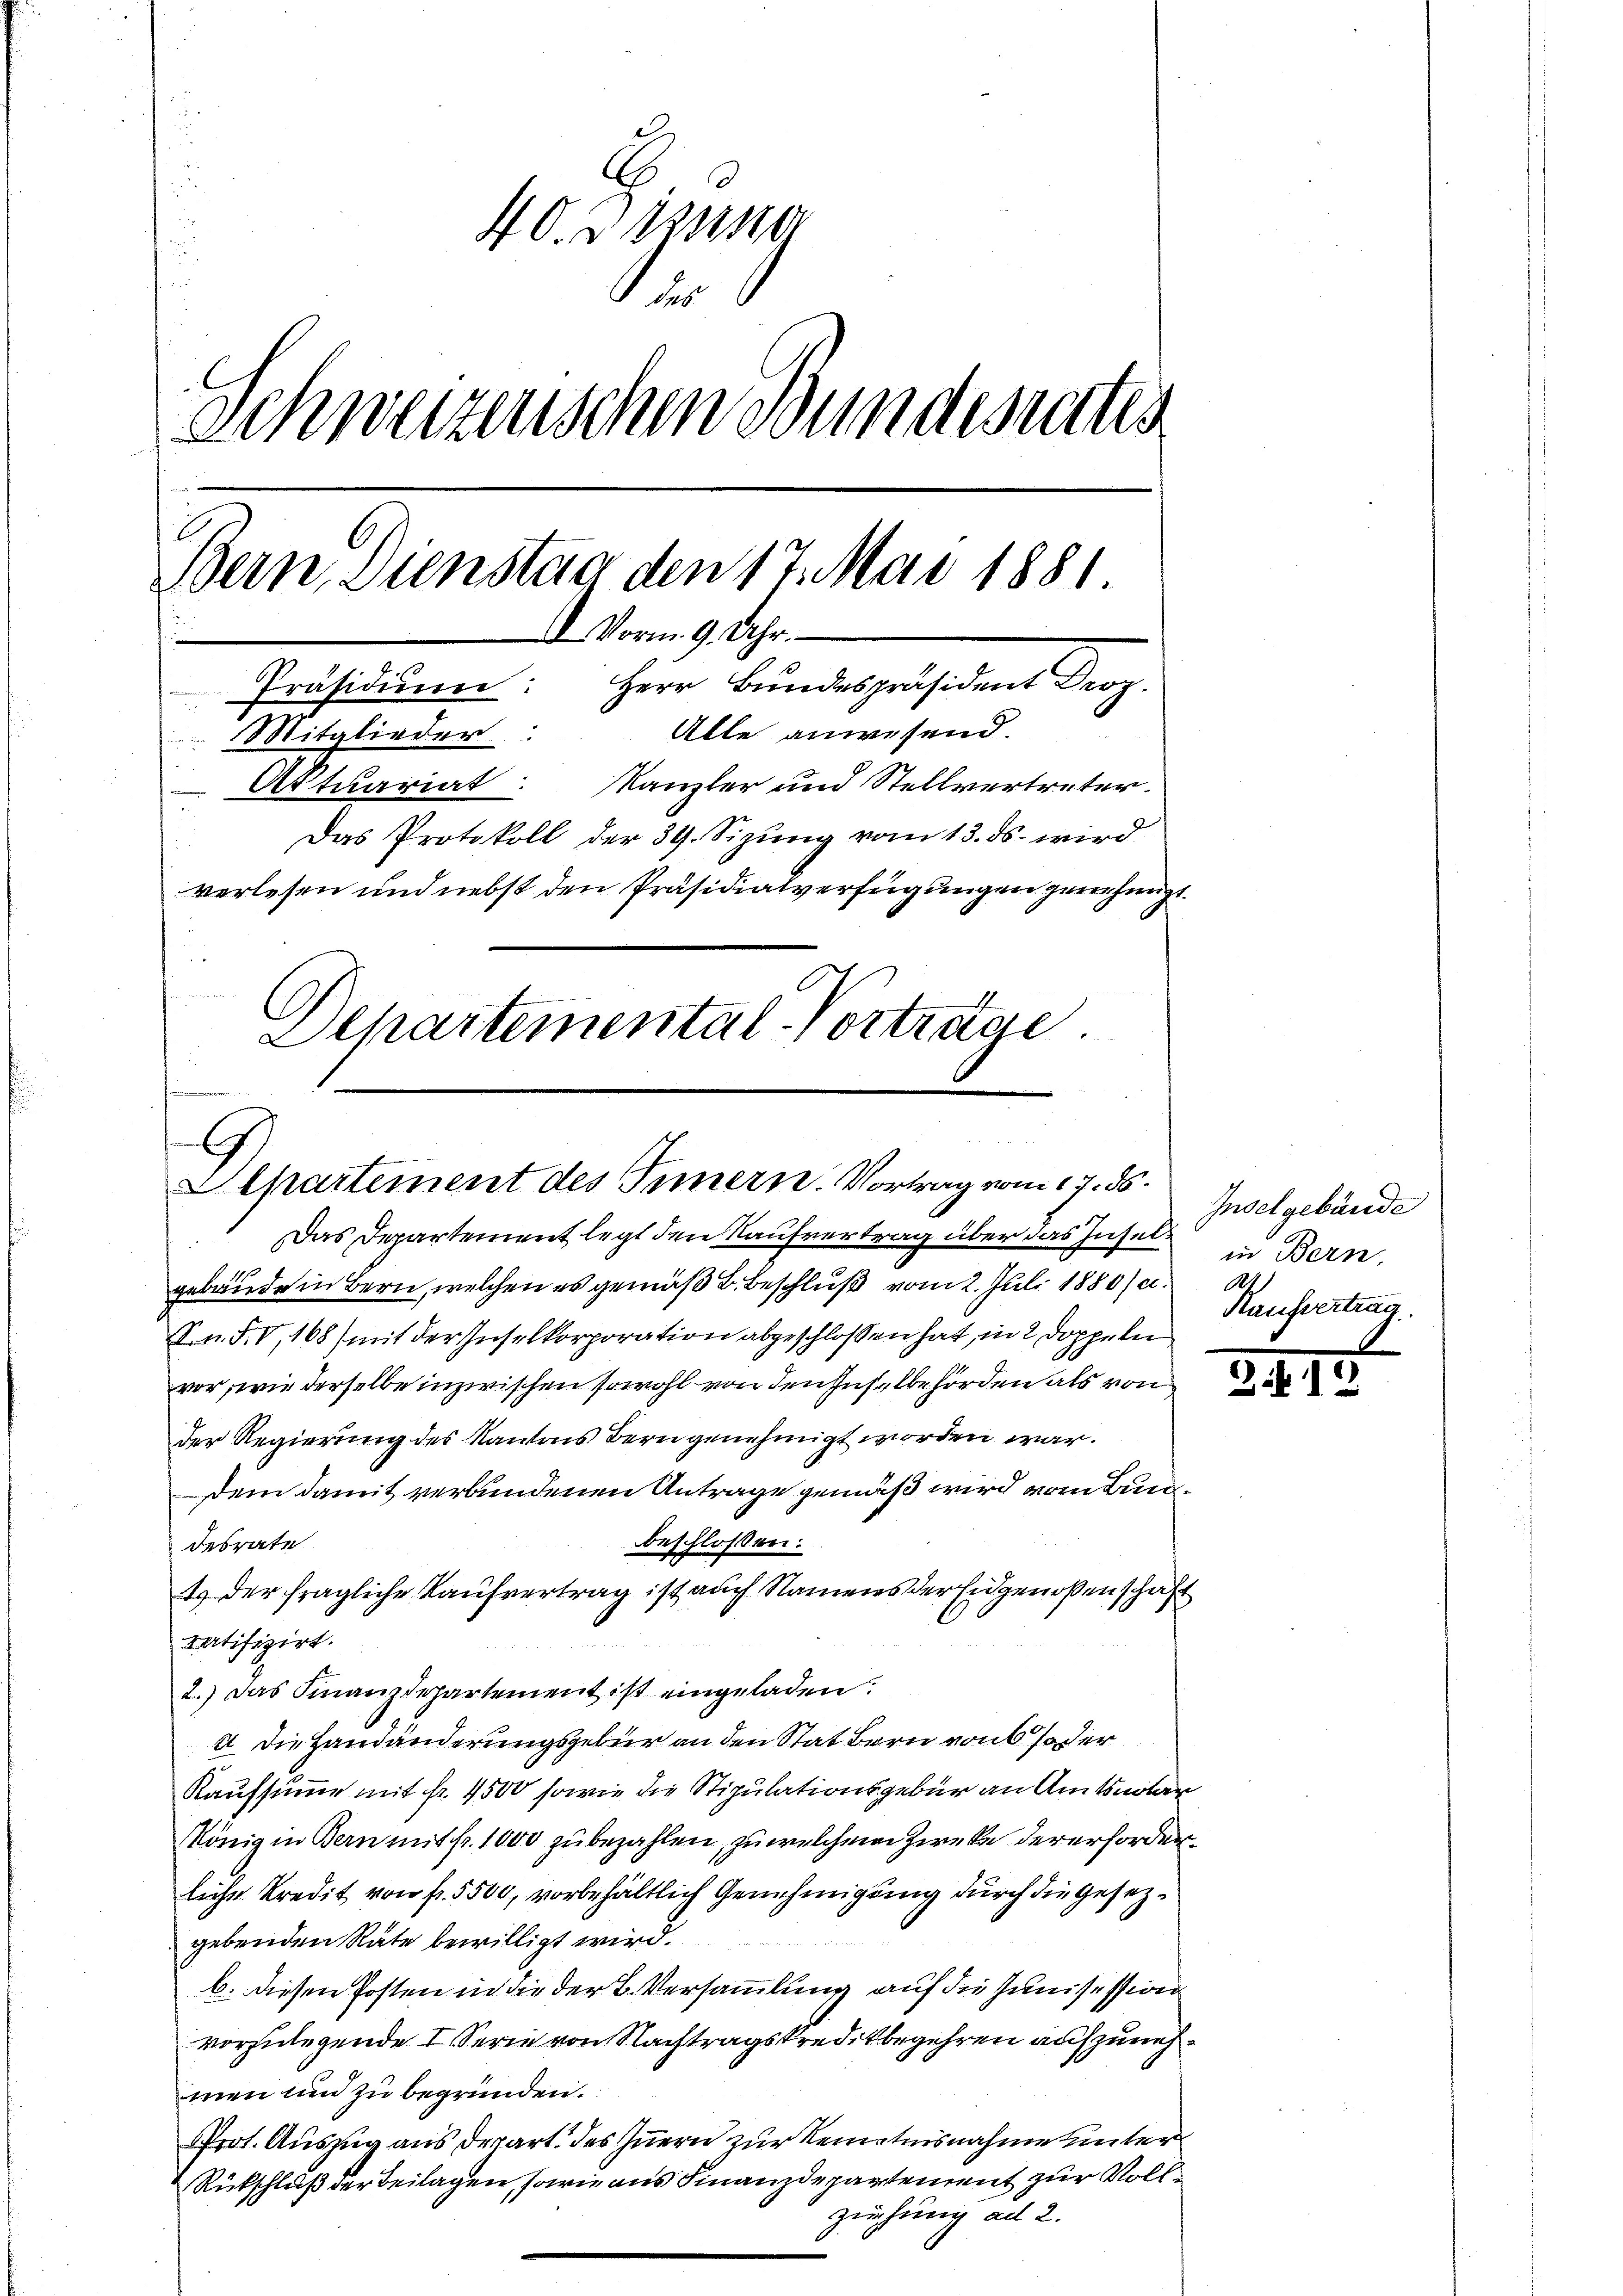
40. Eisena
Schweizenschen Bundesrates
Bern, Dienstag den 17. Mai 188
Vorm. 9. Uhr.
Präsidiŭm: Herr Bundespräsident Droz.
Alle anwesend.
Mitglieder
Aktuariat: Kanzler und Stellvertreter.
Das Protokoll der 39. Sizŭng vom 13. ds. wird
verlesen und nebst den Präsidialverfügungen genehmigt.
Separtemental-Vortrage

gebäude in Bern, welchen es gemäß B. Beschluß vom 2. Juli 1880/2.
S.n. F. V, 168) mit der Inselkorporation abgeschlossen hat, in 2 Doppelei
vor, wie derselbe inzwischen sowohl von den Inselbehörden als von
der Regierung des Kantons Bern genehmigt worden war.
dem damit verbundenen Antrage gemäß wird vom Bunbeschloßen:
desrate
1.) Der fragliche Kaufvertrag ist auch Namens der Eidgenoßenschaft
patifizirt.
2.) Das Finanzdepartement ist eingeladen.
I. Die Handänderungsgebür an den Stat Bern von 6 oder
Kaufsumme mit fr. 4500 sowie die Stipulationsgebür an Amtsnotar
König in Bern mit fr. 1000 zu bezahlen, zu welchem Zwecke der erforderliche Kredit von fr. 5500, vorbehältlich Genehmigung durch die Gesezgebenden Räte bewilligt wird.
b. diesen Posten in die der B. Versammlung auf die Junisession
vorzulegende I Serie von Nachtragskreditbegehren aufzunehmen und zu begründen.
rot. Auszug aus derart des Innern zur Kenntnisnahme unter¬
Rückschluß der Beilagen, sowie aus Finanzdepartement zur Vollzeihung ad 2.

C
Apartement des Innern. Vortrag vom 17. ds.
 Das Departement legt den Kaufvertrag über das Insel¬

341.

Inselgebäude
in Bern,
1
Kaufvertrag.